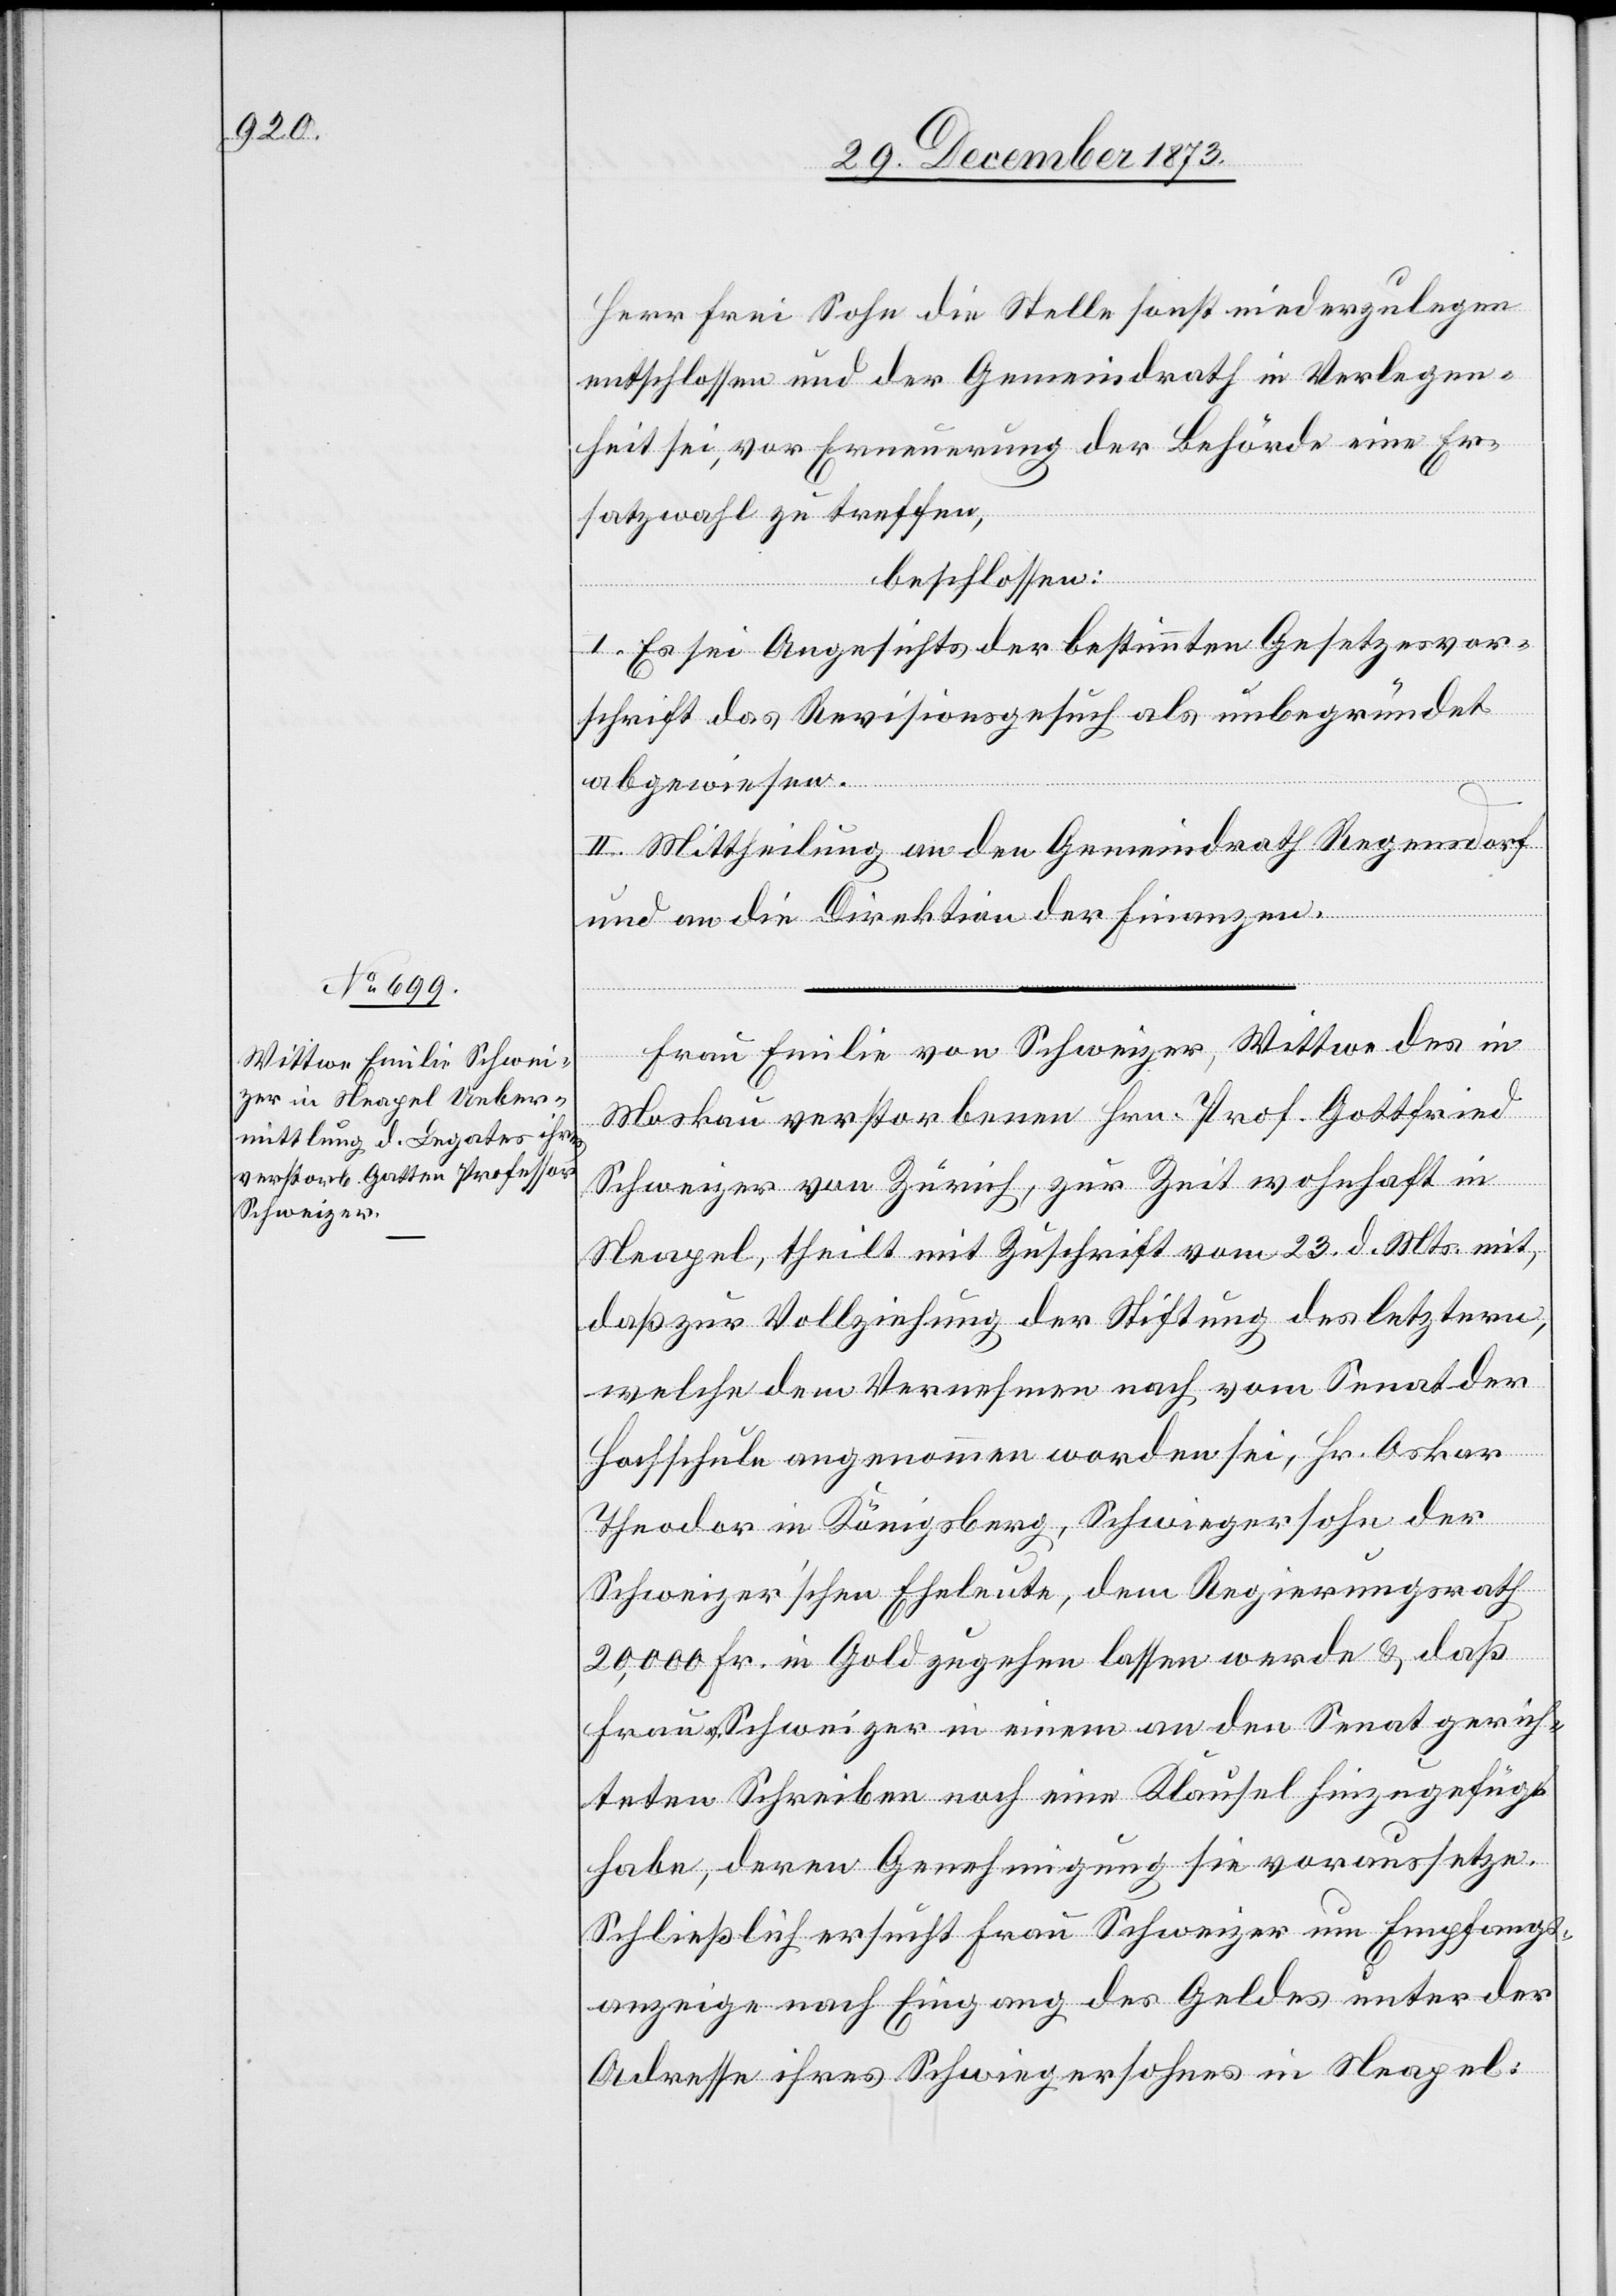
Herr Frei Sohn die Stelle sonst niederzulegen
entschlossen und der Gemeindrath in Verlegen¬
heit sei, vor Erneuerung der Behörde eine Er¬
satzwahl zu treffen,
beschlossen:
I. Es sei Angesichts der bestimmten Gesetzesvor¬
schrift das Revisionsgesuch als unbegründet
abgewiesen.
II. Mittheilung an den Gemeindrath Regensdorf
und an die Direktion der Finanzen.
Frau Emilie von Schweizer, Wittwe des in
Moskau verstorbenen Hrn. Prof. Gottfried
Schweizer von Zürich, zur Zeit wohnhaft in
Neapel, theilt mit Zuschrift vom 23. d. Mts. mit,
daß zur Vollziehung der Stiftung des letztern,
welche dem Vernehmen nach vom Senat der
Hochschule angenommen worden sei, Hr. Oskar
Theodor in Königsberg, Schwiegersohn der
Schweizer’schen Eheleute, dem Regierungsrath
20,000 Fr. in Gold zugehen lassen werde & daß
Frau v. Schweizer in einem an den Senat gerich¬
teten Schreiben noch eine Klausel hinzugefügt
habe, deren Genehmigung sie voraussetze.
Schließlich ersucht Frau Schweizer um Empfangs¬
anzeige nach Eingang des Geldes unter der
Adresse ihres Schwiegersohnes in Neapel: